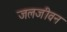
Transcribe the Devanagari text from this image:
जलजीवन